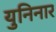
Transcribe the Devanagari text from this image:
युनिनार